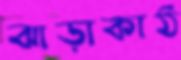
ঝাড়াকাঠ